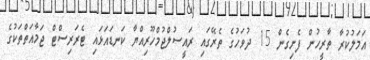
އަމަލުކުރާ ތާރީހުން ފެށިގެން 15 ދުވަހުގެ ތެރޭގައި ރައީސުލްޖުމްހޫރިއްޔާ ކަނޑައަޅައި ޓެރަރިސްޓް ޖަމާއަތްތަކުގެ